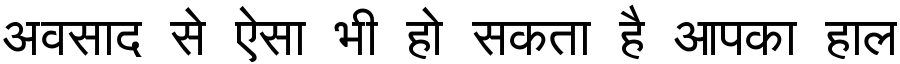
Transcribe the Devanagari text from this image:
अवसाद से ऐसा भी हो सकता है आपका हाल